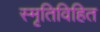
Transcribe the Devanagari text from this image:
स्मृतिविहित